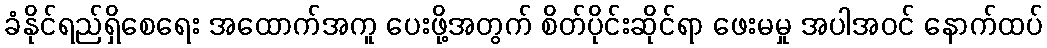
ခံနိုင်ရည်ရှိစေရေး အထောက်အကူ ပေးဖို့အတွက် စိတ်ပိုင်းဆိုင်ရာ ဖေးမမှု အပါအဝင် နောက်ထပ်